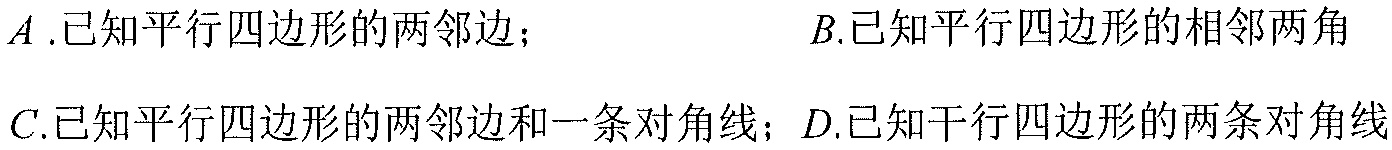
\(A\).已知平行四边形的两邻边；\(B\).已知平行四边形的相邻两角
\(C\).已知平行四边形的两邻边和一条对角线；\(D\).已知平行四边形的两条对角线